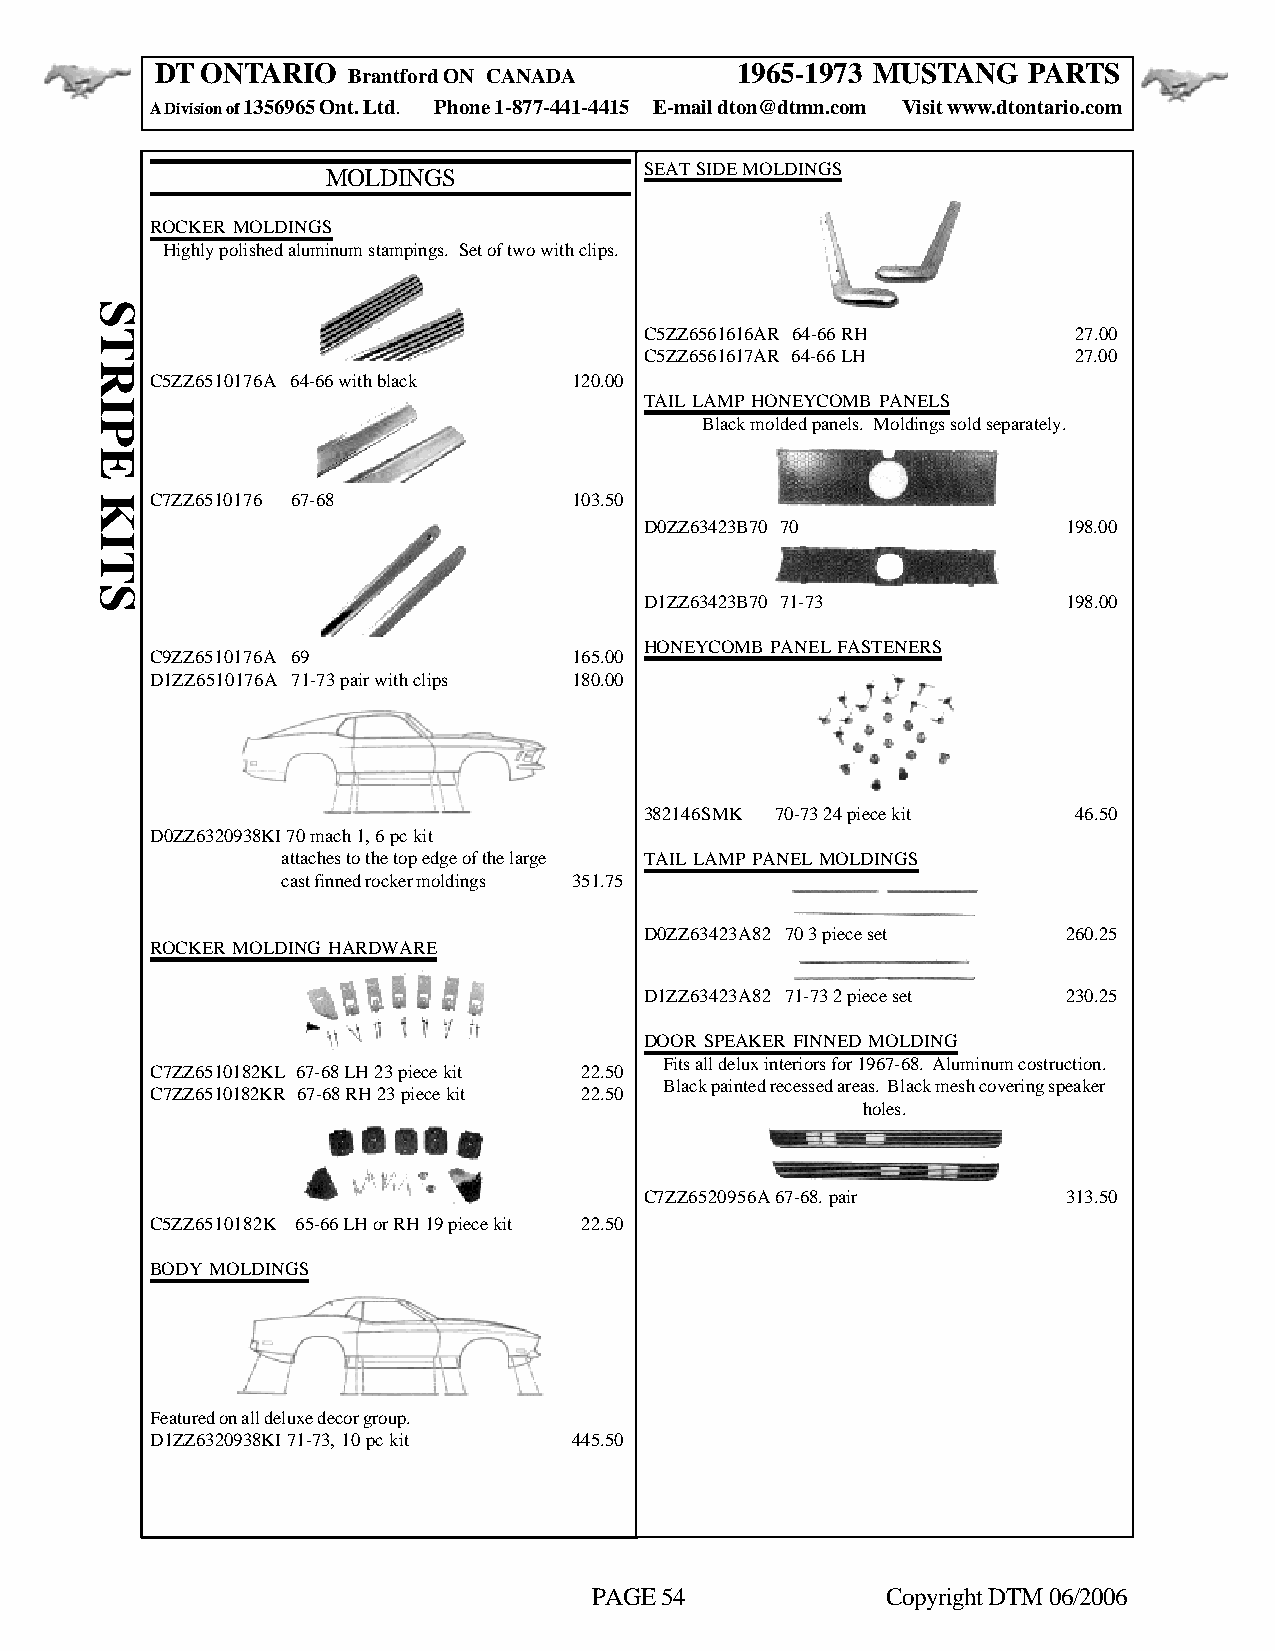
DT ONTARIO                             1965-1973 MUSTANG  PARTS
 Brantford ON CANADA
 A Division of 1356965 Ont. Ltd. Phone 1-877-441-4415 E-mail dton@dtmn.com Visit www.dtontario.com
 SEAT SIDE MOLDINGS
 MOLDINGS
 ROCKER MOLDINGS
 Highly polished aluminum stampings. Set of two with clips.
 C5ZZ6561616AR 64-66 RH      27.00
 C5ZZ6561617AR 64-66 LH      27.00
 C5ZZ6510176A 64-66 with black 120.00
 TAIL LAMP HONEYCOMB PANELS
 Black molded panels. Moldings sold separately.
 C7ZZ6510176 67-68           103.50
 D0ZZ63423B70 70             198.00
 D1ZZ63423B70 71-73          198.00
 HONEYCOMB PANEL FASTENERS
 C9ZZ6510176A 69             165.00
 D1ZZ6510176A 71-73 pair with clips 180.00
 382146SMK 70-73 24 piece kit 46.50
 D0ZZ6320938KI 70 mach 1, 6 pc kit
 attaches to the top edge of the large TAIL LAMP PANEL MOLDINGS
 cast finned rocker moldings 351.75
 D0ZZ63423A82 70 3 piece set 260.25
 ROCKER MOLDING HARDWARE
 D1ZZ63423A82 71-73 2 piece set 230.25
 DOOR SPEAKER FINNED MOLDING
 Fits all delux interiors for 1967-68. Aluminum costruction.
 C7ZZ6510182KL 67-68 LH 23 piece kit 22.50
 Black painted recessed areas. Black mesh covering speaker
 C7ZZ6510182KR 67-68 RH 23 piece kit 22.50
 holes.
 C7ZZ6520956A67-68. pair     313.50
 C5ZZ6510182K 65-66 LH or RH 19 piece kit 22.50
 BODY MOLDINGS
 Featured on all deluxe decor group.
 D1ZZ6320938KI 71-73, 10 pc kit 445.50
 PAGE 54             Copyright DTM 06/2006
 STRIPE
 KITS